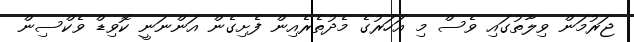
ޖަރުމަން ވިލާތުގައި ވެސް މި އަހަރުގެ މެދުތެރެއިން ފެށިގެން އަންނަނީ ކޮވިޑް ވެކްސިން